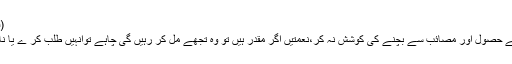
(فتوح الغیب)
* نعمتوں کے حصول اور مصائب سے بچنے کی کوشش نہ کر،نعمتیں اگر مقدر ہیں تو وہ تجھے مل کر رہیں گی چاہے توانہیں طلب کر ے یا ناپسند کرے ۔